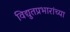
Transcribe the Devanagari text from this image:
विद्युतप्रभारांच्या